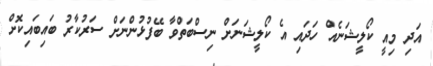
އަދި މިއީ ކޯލީޝަނެއް ހަދައި އެ ކޯލީޝަނަށް ނިސްބަތްވާ ބޭފުޅުންނަށް ސަރުކާރު ބައިބައިކޮށް